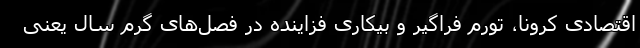
اقتصادی کرونا، تورم فراگیر و بیکاری فزاینده در فصل‌های گرم سال یعنی